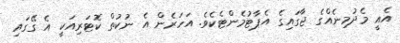
އެއީ މެދުމިނެއްގެ ޖާގައިގެ އެޕާޓުމެންޓެކެވެ. އަހަރެން އެ ނުކުތް ކޮޓަރިއަކީ އެ ގޭގައި